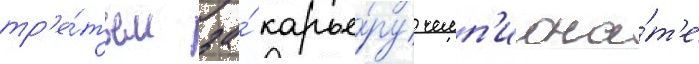
тр'е́тьем за́ карье́ру чемп'иона́т'е